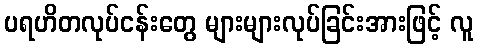
ပရဟိတလုပ်ငန်းတွေ များများလုပ်ခြင်းအားဖြင့် လူ